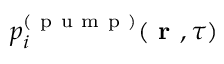
p _ { i } ^ { ( \mathrm { ~ p ~ u ~ m ~ p ~ } ) } ( \textbf { r } , \tau )